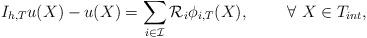
LaTeX: \begin{align*}I_{h,T}u(X)-u(X) = \sum_{i\in\mathcal{I}}\mathcal{R}_i \phi_{i,T}(X), ~~~~~~~ \forall~ X\in T_{int},\end{align*}